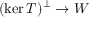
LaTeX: ( \ker T ) ^ { \perp } \to W